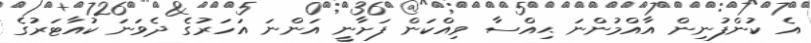
އެ ކުންފުނިން އާއްމުންނަ ޙިއްސާ ވިއްކަން ފަށާނީ އަންނަ އަހަރުގެ ދެވަނަ ކުއާޓަރުގެ